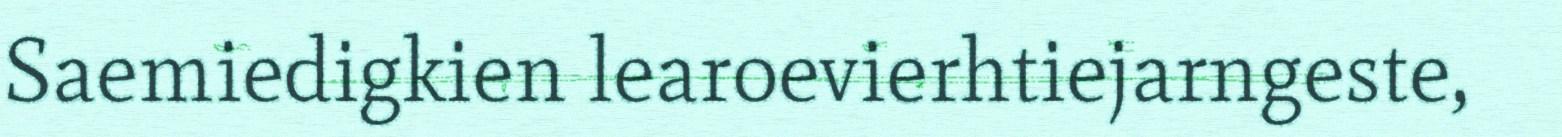
Saemiedigkien learoevierhtiejarngeste,